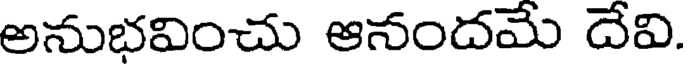
అనుభవించు ఆనందమే దేవి.